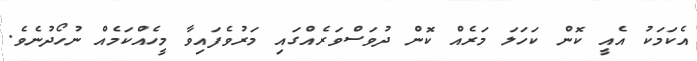
އެކަމަކު އެއީ ކޮން ކަހަލަ މަރެއް ކޮން ދުވަސްވަރެއްގައި މަރުވެފައިވާ މީހެއްކަމެއް ނުހޯދުނެވެ.